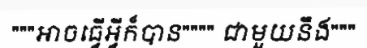
"""អាចធ្វើអ្វីក៏បាន"""" ជាមួយនឹង"""